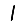
Digit: 1